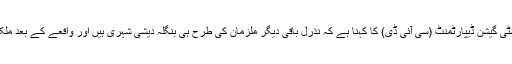
ریاست کے کریمنل انویسٹی گیشن ڈیپارٹمنٹ (سی آئی ڈی) کا کہنا ہے کہ نذرل باقی دیگر ملزمان کی طرح ہی بنگلہ دیشی شہری ہیں اور واقعے کے بعد ملک سے فرار ہوگئے تھے۔